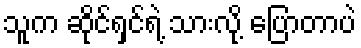
သူက ဆိုင်ရှင်ရဲ့ သားလို့ ပြောတာပဲ